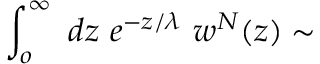
\int _ { o } ^ { \infty } \ d z \ e ^ { - z / \lambda } \ w ^ { N } ( z ) \sim